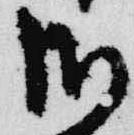
御